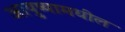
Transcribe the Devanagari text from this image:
आयुष्यामधील